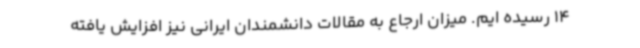
14 رسیده ایم. میزان ارجاع به مقالات دانشمندان ایرانی نیز افزایش یافته